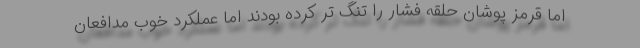
اما قرمز پوشان حلقه فشار را تنگ تر کرده بودند اما عملکرد خوب مدافعان